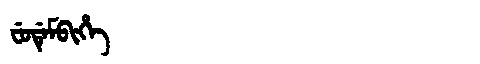
Manchu: ᠸᡠᡩᡝᠮᠪᡳᡥᡝ
Romanization: FUDEMBIHE